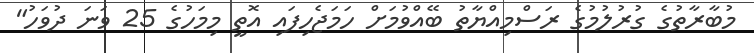
މުބާރާތުގެ ގުރުލުމުގެ ރަސްމިއްޔާތު ބޭއްވުމަށް ހަމަޖެހިފައި އޮތީ މިމަހުގެ 25 ވަނަ ދުވަހު"